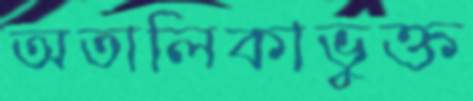
অতালিকাভুক্ত